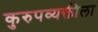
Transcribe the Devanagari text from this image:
कुरुपव्यक्तीला